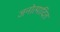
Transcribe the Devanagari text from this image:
जनोत्पादित